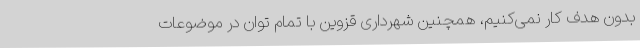
بدون هدف کار نمی‌کنیم، همچنین شهرداری قزوین با تمام توان در موضوعات